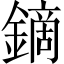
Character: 鏑